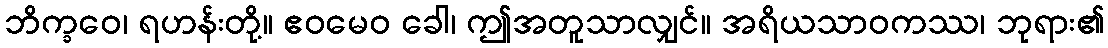
ဘိက္ခဝေ၊ ရဟန်းတို့။ ဧဝမေဝ ခေါ၊ ဤအတူသာလျှင်။ အရိယသာဝကဿ၊ ဘုရား၏